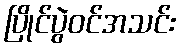
ပြိုင်ပွဲဝင်အသင်း